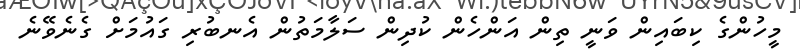
މީހުންގެ ކިބައިން ވަނީ ތިން އަންހެން ކުދިން ސަލާމަތުން އެނބުރި ގައުމަށް ގެނެވޭނެ